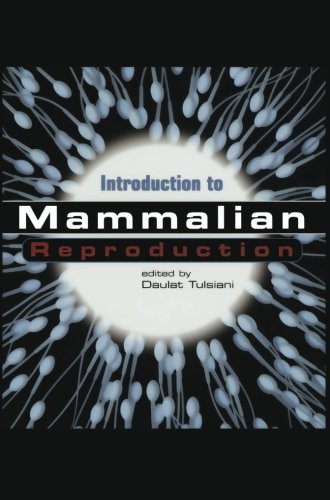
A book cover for Introduction to Mammalian Reproduction; Medical Books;